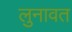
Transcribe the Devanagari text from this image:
लुनावत